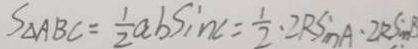
S _ { \Delta } A B C = \frac { 1 } { 2 } a b \sin c = \frac { 1 } { 2 } \cdot 2 R \sin A \cdot 2 R \sin B